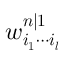
\boldsymbol { w _ { i _ { 1 } \cdots i _ { l } } ^ { n | 1 } }